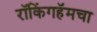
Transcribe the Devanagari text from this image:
रॉकिंगहॅमचा